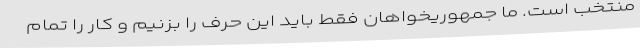
منتخب است. ما جمهوریخواهان فقط باید این حرف را بزنیم و کار را تمام